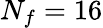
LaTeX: N_{f}=16